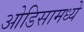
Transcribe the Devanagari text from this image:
ओडिसामध्ये